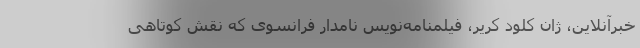
خبرآنلاین، ژان کلود کریر، فیلمنامه‌نویس نامدار فرانسوی که نقش کوتاهی